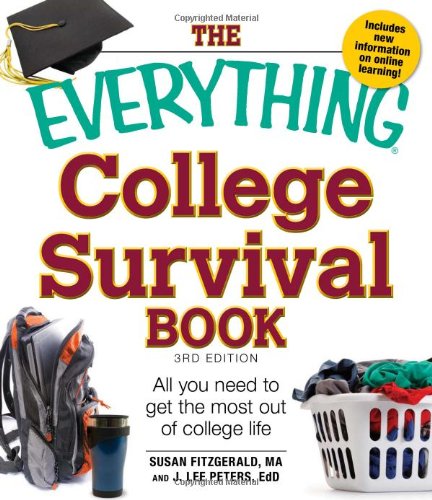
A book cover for The Everything College Survival Book: All You Need to Get the Most out of College Life; Susan Fitzgerald; Health, Fitness & Dieting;